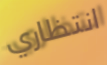
انتظاري